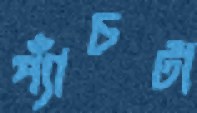
প্যাঁচটা